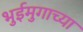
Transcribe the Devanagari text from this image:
भुईमुगाच्या